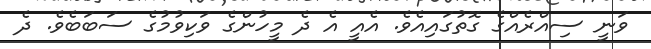
ވަނީ ސިއްރެއްގެ ގޮތުގައިއެވެ. އެއީ އެ ދެ މީހުންގެ ވަކިވުމުގެ ސަބަބެވެ. ދެ